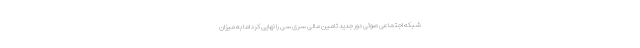
شبکه اجتماعی صوتی دور جدید تامین مالی سری سی را نهایی کرد اما به میزان